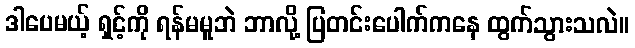
ဒါပေမယ့် ရှင့်ကို ရန်မမူဘဲ ဘာလို့ ပြတင်းပေါက်ကနေ ထွက်သွားသလဲ။